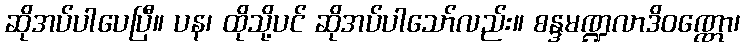
ဆိုအပ်ပါပေပြီ။ ပန၊ ထိုသို့ပင် ဆိုအပ်ပါသော်လည်း။ စန္ဒမဏ္ဍလာဒိဝဏ္ဏော၊